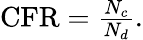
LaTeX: \begin{array}{r}{\textrm{CFR}=\frac{N_{c}}{N_{d}}.}\end{array}